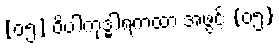
[၀၅] ဝိပါကုဒ္ဓါရကထာ အဖွင့် {၀၅}